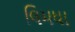
લિમધા